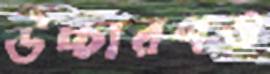
উচ্চারণও